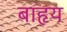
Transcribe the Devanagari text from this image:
बाहृय